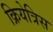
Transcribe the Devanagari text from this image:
क्रियेत्रिस